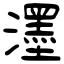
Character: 濹